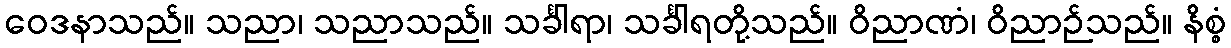
ဝေဒနာသည်။ သညာ၊ သညာသည်။ သင်္ခါရာ၊ သင်္ခါရတို့သည်။ ဝိညာဏံ၊ ဝိညာဉ်သည်။ နိစ္စံ